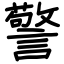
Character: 警